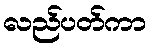
လည်ပတ်ကာ